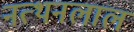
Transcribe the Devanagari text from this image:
नत्थनलाल